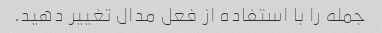
جمله را با استفاده از فعل مدال تغییر دهید.